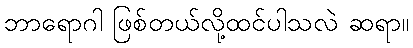
ဘာရောဂါ ဖြစ်တယ်လို့ထင်ပါသလဲ ဆရာ။